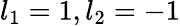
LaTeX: l_{1}=1,l_{2}=-1